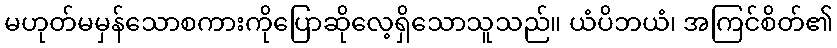
မဟုတ်မမှန်သောစကားကိုပြောဆိုလေ့ရှိသောသူသည်။ ယံပိဘယံ၊ အကြင်စိတ်၏